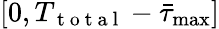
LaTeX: \left[0,{T_{\mathrm{~t~o~t~a~l~}}}-{\bar{\tau}_{\operatorname*{max}}}\right]